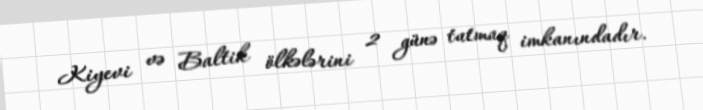
Kiyevi və Baltik ölkələrini 2 günə tutmaq imkanındadır.